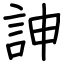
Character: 訷